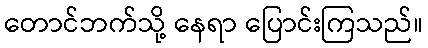
တောင်ဘက်သို့ နေရာ ပြောင်းကြသည်။